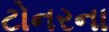
ટોનરના